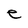
Character: e